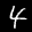
Label: 4